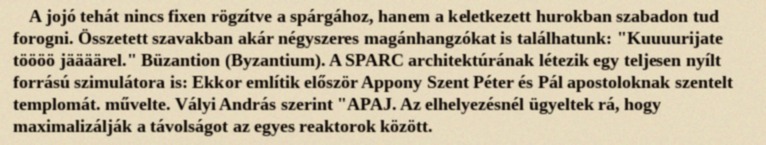
A jojó tehát nincs fixen rögzítve a spárgához, hanem a keletkezett hurokban szabadon tud forogni. Összetett szavakban akár négyszeres magánhangzókat is találhatunk: "Kuuuurijate töööö jäääärel." Büzantion (Byzantium). A SPARC architektúrának létezik egy teljesen nyílt forrású szimulátora is: Ekkor említik először Appony Szent Péter és Pál apostoloknak szentelt templomát. művelte. Vályi András szerint "APAJ. Az elhelyezésnél ügyeltek rá, hogy maximalizálják a távolságot az egyes reaktorok között.